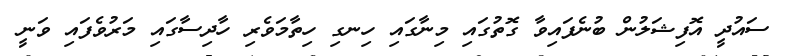
ސައުދީ އޮފިޝަލުން ބުނެފައިވާ ގޮތުގައި މިނާގައި ހިނގި ހިތާމަވެރި ހާދިސާގައި މަރުވެފައި ވަނީ